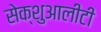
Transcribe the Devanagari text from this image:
सेक्शुआलीटी